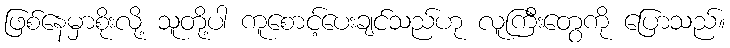
ဖြစ်နေမှာစိုးလို့ သူတို့ပါ ကူစောင့်ပေးချင်သည်ဟု လူကြီးတွေကို ပြောသည်။